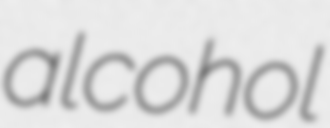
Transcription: alcohol